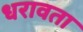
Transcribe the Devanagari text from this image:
धरावता